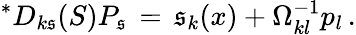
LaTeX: {}^{\ast}D_{k\mathfrak{s}}(S)P_{\mathfrak{s}}\, =\, {\mathfrak{s}}_{k}(x)+\Omega_{kl}^{-1}p_{l}\, .